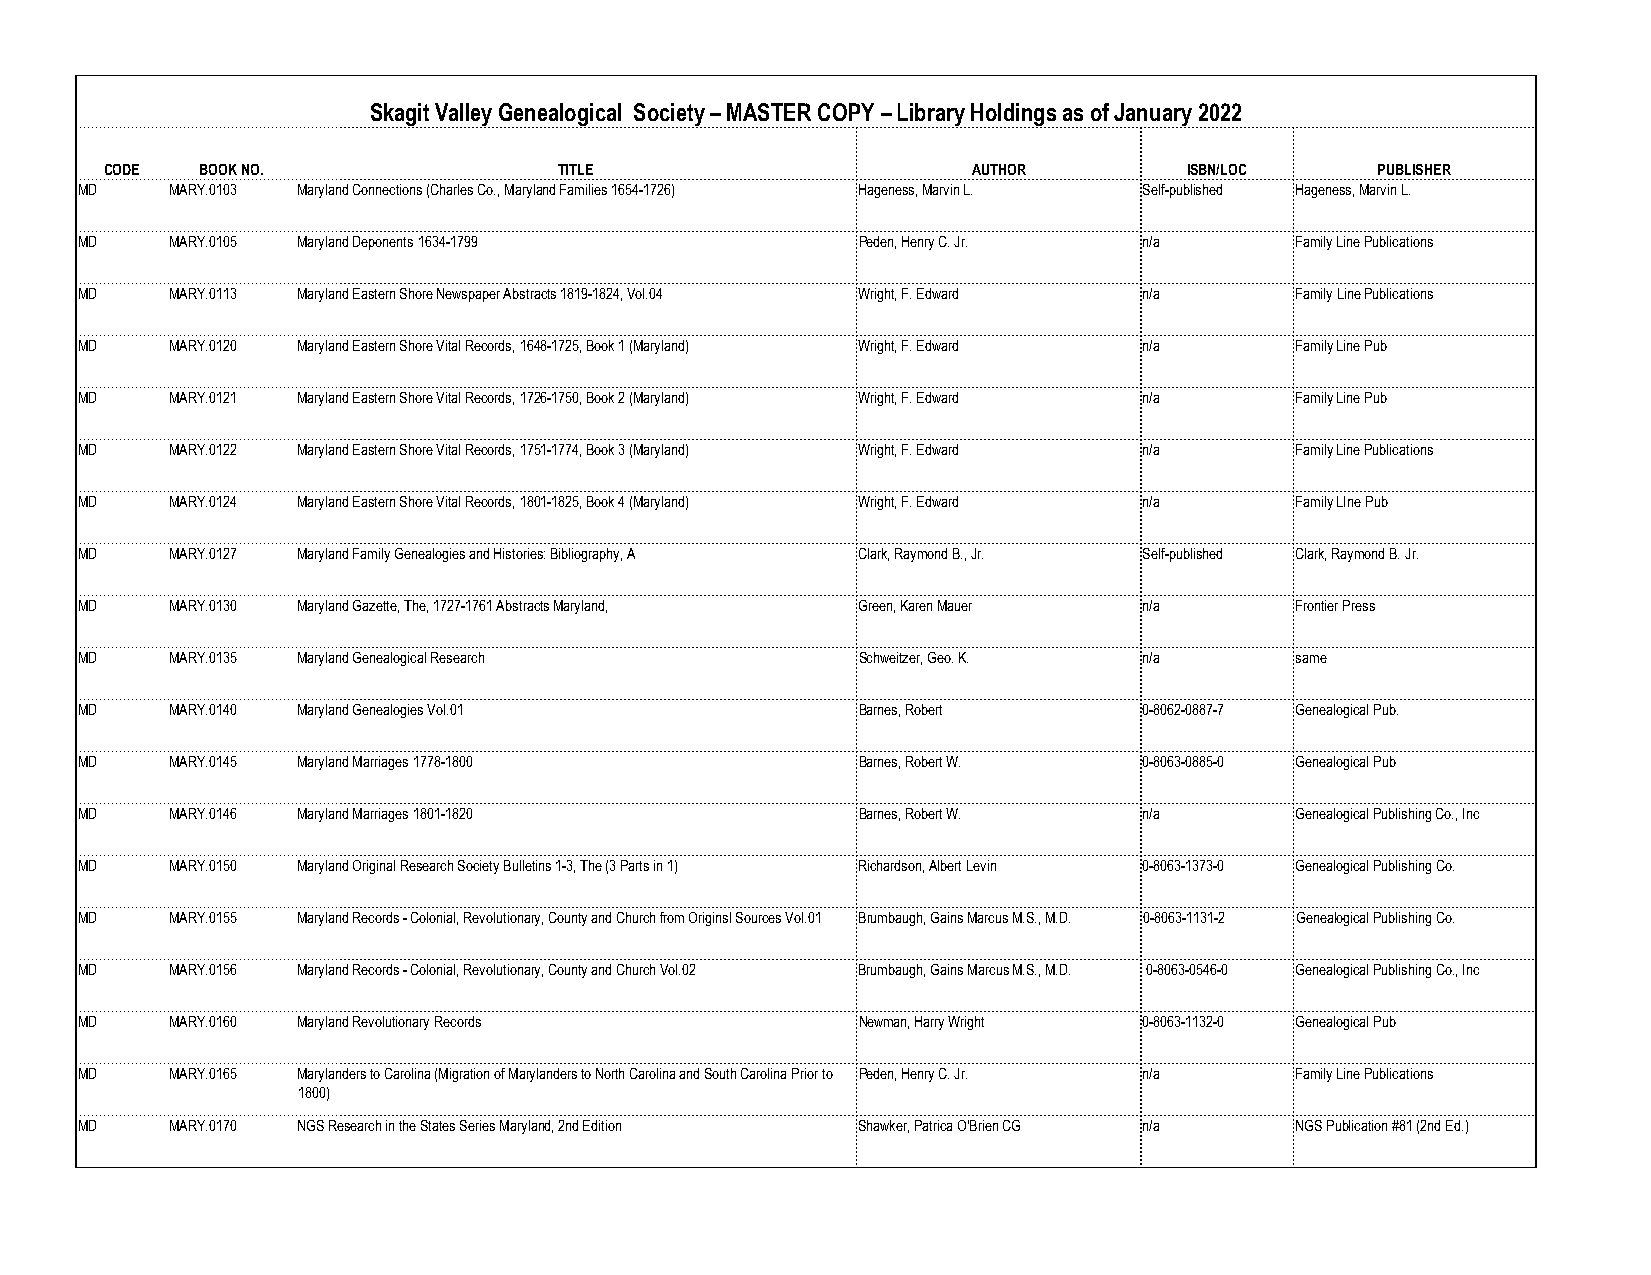
Skagit Valley Genealogical Society – MASTER COPY – Library Holdings as of January 2022
 CODE  BOOK NO.                TITLE                      AUTHOR         ISBN/LOC    PUBLISHER
 MD    MARY.0103 Maryland Connections (Charles Co., Maryland Families 1654-1726) Hageness, Marvin L. Self-published Hageness, Marvin L.
 MD    MARY.0105 Maryland Deponents 1634-1799        Peden, Henry C. Jr. n/a      Family Line Publications
 MD    MARY.0113 Maryland Eastern Shore Newspaper Abstracts 1819-1824, Vol.04 Wright, F. Edward n/a Family Line Publications
 MD    MARY.0120 Maryland Eastern Shore Vital Records, 1648-1725, Book 1 (Maryland) Wright, F. Edward n/a Family Line Pub
 MD    MARY.0121 Maryland Eastern Shore Vital Records, 1726-1750, Book 2 (Maryland) Wright, F. Edward n/a Family Line Pub
 MD    MARY.0122 Maryland Eastern Shore Vital Records, 1751-1774, Book 3 (Maryland) Wright, F. Edward n/a Family Line Publications
 MD    MARY.0124 Maryland Eastern Shore Vital Records, 1801-1825, Book 4 (Maryland) Wright, F. Edward n/a Family LIne Pub
 MD    MARY.0127 Maryland Family Genealogies and Histories: Bibliography, A Clark, Raymond B., Jr. Self-published Clark, Raymond B. Jr.
 MD    MARY.0130 Maryland Gazette, The, 1727-1761 Abstracts Maryland, Green, Karen Mauer n/a Frontier Press
 MD    MARY.0135 Maryland Genealogical Research      Schweitzer, Geo. K. n/a      same
 MD    MARY.0140 Maryland Genealogies Vol.01         Barnes, Robert     0-8062-0887-7 Genealogical Pub.
 MD    MARY.0145 Maryland Marriages 1778-1800        Barnes, Robert W.  0-8063-0885-0 Genealogical Pub
 MD    MARY.0146 Maryland Marriages 1801-1820        Barnes, Robert W.  n/a       Genealogical Publishing Co., Inc
 MD    MARY.0150 Maryland Original Research Society Bulletins 1-3, The (3 Parts in 1) Richardson, Albert Levin 0-8063-1373-0 Genealogical Publishing Co.
 MD    MARY.0155 Maryland Records - Colonial, Revolutionary, County and Church from Originsl Sources Vol.01 Brumbaugh, Gains Marcus M.S., M.D. 0-8063-1131-2 Genealogical Publishing Co.
 MD    MARY.0156 Maryland Records - Colonial, Revolutionary, County and Church Vol.02 Brumbaugh, Gains Marcus M.S., M.D. 0-8063-0546-0 Genealogical Publishing Co., Inc
 MD    MARY.0160 Maryland Revolutionary Records      Newman, Harry Wright 0-8063-1132-0 Genealogical Pub
 MD    MARY.0165 Marylanders to Carolina (Migration of Marylanders to North Carolina and South Carolina Prior to Peden, Henry C. Jr. n/a Family Line Publications
 1800)
 MD    MARY.0170 NGS Research in the States Series Maryland, 2nd Edition Shawker, Patrica O'Brien CG n/a NGS Publication #81 (2nd Ed.)